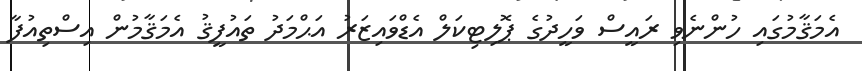
އެމަޤާމުގައި ހުންނެވި ރައީސް ވަހީދުގެ ޕޮލިޓިކަލް އެޑްވައިޒަރު އަޙްމަދު ތައުފީޤު އެމަޤާމުން އިސްތިއުފާ